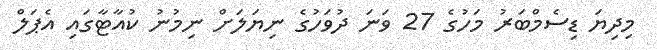
މިދިޔަ ޑިސެމްބަރު މަހުގެ 27 ވަނަ ދުވަހުގެ ނިޔަަލަށް ނިމުނު ކުއާޓާގައި އެޕަލް